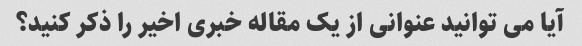
آیا می توانید عنوانی از یک مقاله خبری اخیر را ذکر کنید؟